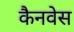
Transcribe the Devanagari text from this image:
कैनवेस